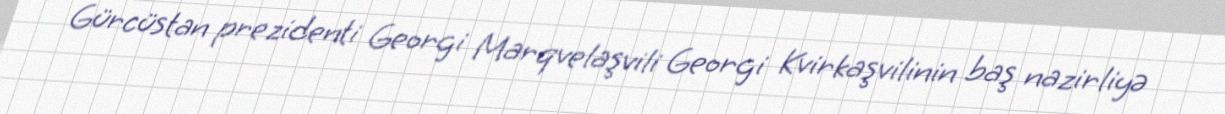
Gürcüstan prezidenti Georgi Marqvelaşvili Georgi Kvirkaşvilinin baş nazirliyə